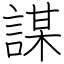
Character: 謀